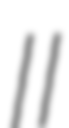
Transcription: II